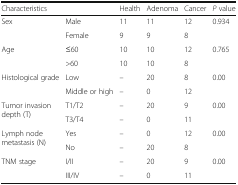
<table><thead><tr><td colspan="2"><b>Characteristics</b></td><td><b>Health</b></td><td><b>Adenoma</b></td><td><b>Cancer</b></td><td><b><i>P</i> value</b></td></tr></thead><tbody><tr><td rowspan="2">Sex</td><td>Male</td><td>11</td><td>11</td><td>12</td><td>0.934</td></tr><tr><td>Female</td><td>9</td><td>9</td><td>8</td><td></td></tr><tr><td rowspan="2">Age</td><td>≤60</td><td>10</td><td>10</td><td>12</td><td>0.765</td></tr><tr><td>&gt;60</td><td>10</td><td>10</td><td>8</td><td></td></tr><tr><td rowspan="2">Histological grade</td><td>Low</td><td>–</td><td>20</td><td>8</td><td>0.00</td></tr><tr><td>Middle or high</td><td>–</td><td>0</td><td>12</td><td></td></tr><tr><td rowspan="2">Tumor invasion depth (T)</td><td>T1/T2</td><td>–</td><td>20</td><td>9</td><td>0.00</td></tr><tr><td>T3/T4</td><td>–</td><td>0</td><td>11</td><td></td></tr><tr><td rowspan="2">Lymph node metastasis (N)</td><td>Yes</td><td>–</td><td>0</td><td>12</td><td>0.00</td></tr><tr><td>No</td><td>–</td><td>20</td><td>8</td><td></td></tr><tr><td rowspan="2">TNM stage</td><td>I/II</td><td>–</td><td>20</td><td>9</td><td>0.00</td></tr><tr><td>III/IV</td><td>–</td><td>0</td><td>11</td><td></td></tr></tbody></table>